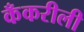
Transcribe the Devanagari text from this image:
कँकरीली